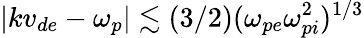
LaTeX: \vert kv_{de}-\omega_{p}\vert\lesssim(3/2)(\omega_{pe}\omega_{pi}^{2})^{1/3}